Report of the Hyderabad Chloroform Commission
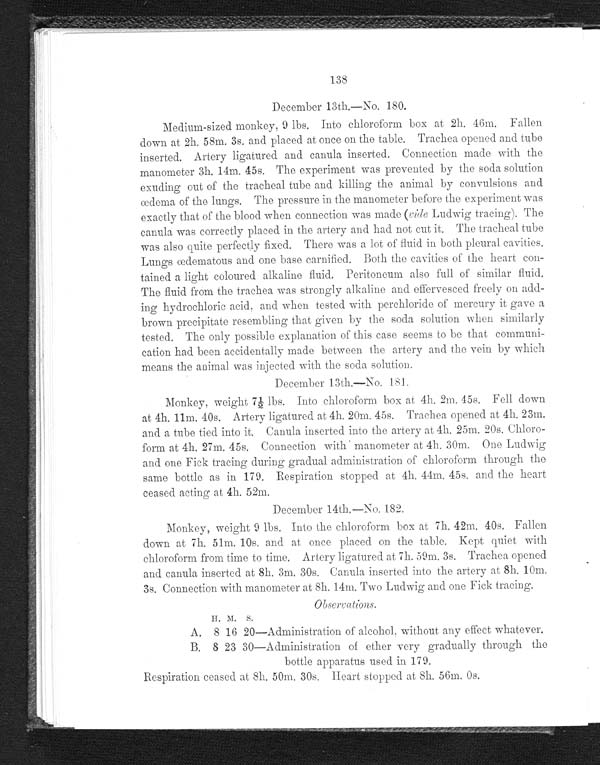
138
December 13th.—No. 180.
Medium-sized monkey, 9 lbs. Into chloroform box at 2h. 46m. Fallen
down at 2h. 58m. 3s. and placed at once on the table. Trachea opened and tube
inserted. Artery ligatured and canula inserted. Connection made with the
manometer 3h. 14m. 45s. The experiment was prevented by the soda solution
exuding out of the tracheal tube and killing the animal by convulsions and
œdema of the lungs. The pressure in the manometer before the experiment was
exactly that of the blood when connection was made ( vide Ludwig tracing). The
canula was correctly placed in the artery and had not cut it. The tracheal tube
was also quite perfectly fixed. There was a lot of fluid in both pleural cavities.
Lungs œdematous and one base carnified. Both the cavities of the heart con
-tained a light coloured alkaline fluid. Peritoneum also full of similar fluid.
The fluid from the trachea was strongly alkaline and effervesced freely on add
-ing hydrochloric acid, and when tested with perchloride of mercury it gave a
brown precipitate resembling that given by the soda solution when similarly
tested. The only possible explanation of this case seems to be that communi
-cation had been accidentally made between the artery and the vein by which
means the animal was injected with the soda solution.
December 13th.—No. 181.
Monkey, weight 7½ lbs. Into chloroform box at 4h. 2m. 45s. Fell down
at 4h. 11m. 40s. Artery ligatured at 4h. 20m. 45s. Trachea opened at 4h. 23m.
and a tube tied into it. Canula inserted into the artery at 4h. 25m. 20s. Chloro
-form at 4h. 27m. 45s. Connection with manometer at 4h. 30m. One Ludwig
and one Fick tracing during gradual administration of chloroform through the
same bottle as in 179. Respiration stopped at 4h, 44m. 45s. and the heart
ceased acting at 4h. 52m.
December 14th.—No. 182.
Monkey, weight 9 lbs. Into the chloroform box at 7h. 42m. 40s. Fallen
down a t 7h 51m. 10s . a nd a t onc e pl a c e d on t he t a bl e . Ke pt qui e t wi t h
chloroform from time to time. Artery ligatured at 7h. 59m. 3s. Trachea opened
and canula inserted at 8h. 3m. 30s. Canula inserted into the artery at 8h. 10m.
3s. Connection with manometer at 8h. 14m. Two Ludwig and one Fick tracing.
Observations.
H. M. S.
A. 8 16 20—Administration of alcohol, without any effect whatever.
B. 8 23 30—Administration of ether very gradually through the
bottle apparatus used in 179.
Respiration ceased at 8h. 50m. 30s. Heart stopped at 8h. 56m. 0s.